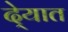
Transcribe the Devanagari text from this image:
दे्यात